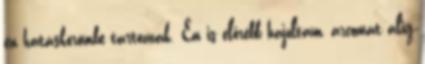
én hatáskörömbe tartoznak. Én is előrébb hajoltam, arcomat alig